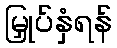
မြှုပ်နှံရန်